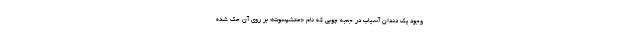
وجود یک دندان آسیاب در جعبه چوبی که نام «حتشپسوت» بر روی آن حک شده